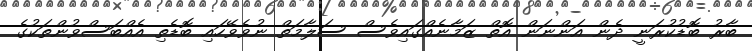
ބާރު ބޮޑުކުރަނީ ދެން އަންނަން އޮތް ޒަމާނެއްގައިވެސް ސަލާމަތް ނުވެވޭހައި ބޮޑެތި އެއްބަސްވުންތަކުގެ